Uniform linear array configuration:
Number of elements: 64
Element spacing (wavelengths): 0.75
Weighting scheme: blackman
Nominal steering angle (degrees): -45
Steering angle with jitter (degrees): -46.827
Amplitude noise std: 0.05
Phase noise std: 0.05

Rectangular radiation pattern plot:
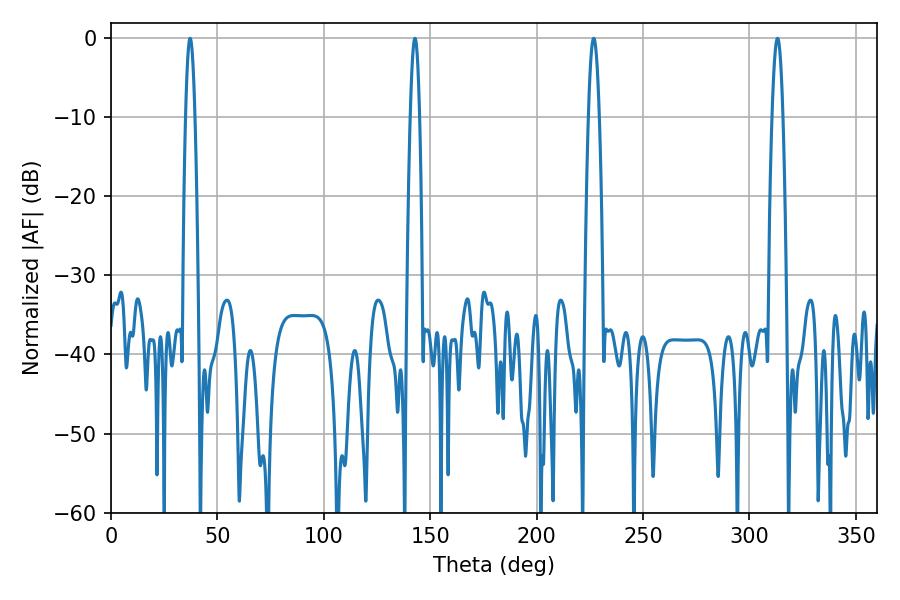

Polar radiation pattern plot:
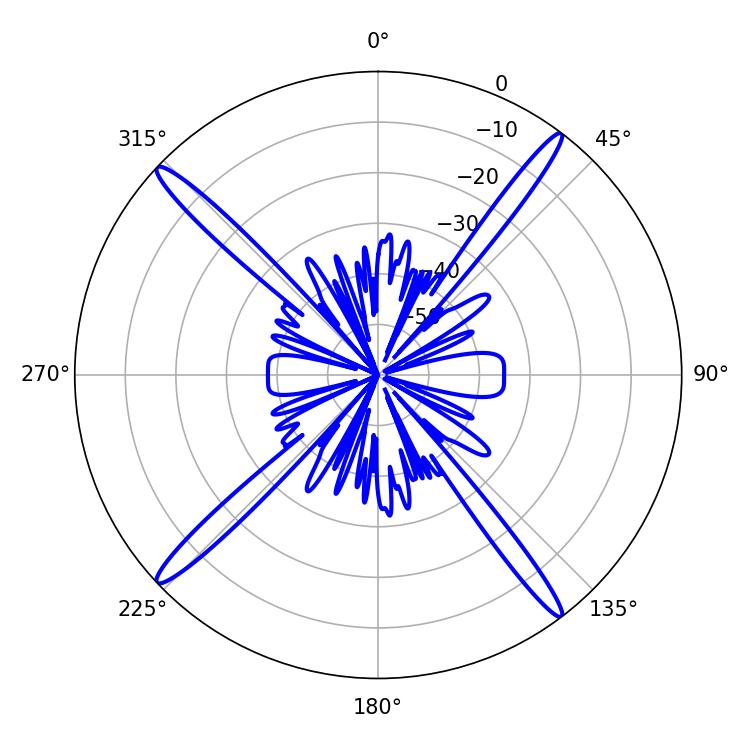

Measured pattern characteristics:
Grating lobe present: TRUE
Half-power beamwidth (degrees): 2.7
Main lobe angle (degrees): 226.8